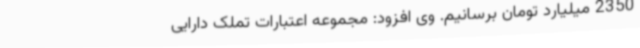
2350 میلیارد تومان برسانیم. وی افزود: مجموعه اعتبارات تملک دارایی